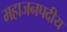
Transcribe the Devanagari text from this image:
महाजनपदीय